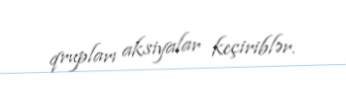
qrupları aksiyalar keçiriblər.